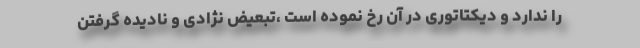
را ندارد و دیکتاتوری در آن رخ نموده است ،تبعیض نژادی و نادیده گرفتن